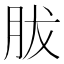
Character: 胈